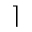
\rceil